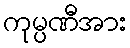
ကုမ္ပဏီအား